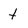
Character: t